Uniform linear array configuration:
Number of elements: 12
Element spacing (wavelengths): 1
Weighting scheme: kaiser
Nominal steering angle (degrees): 0
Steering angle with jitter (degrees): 1.005
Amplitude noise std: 0.05
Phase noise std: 0.05

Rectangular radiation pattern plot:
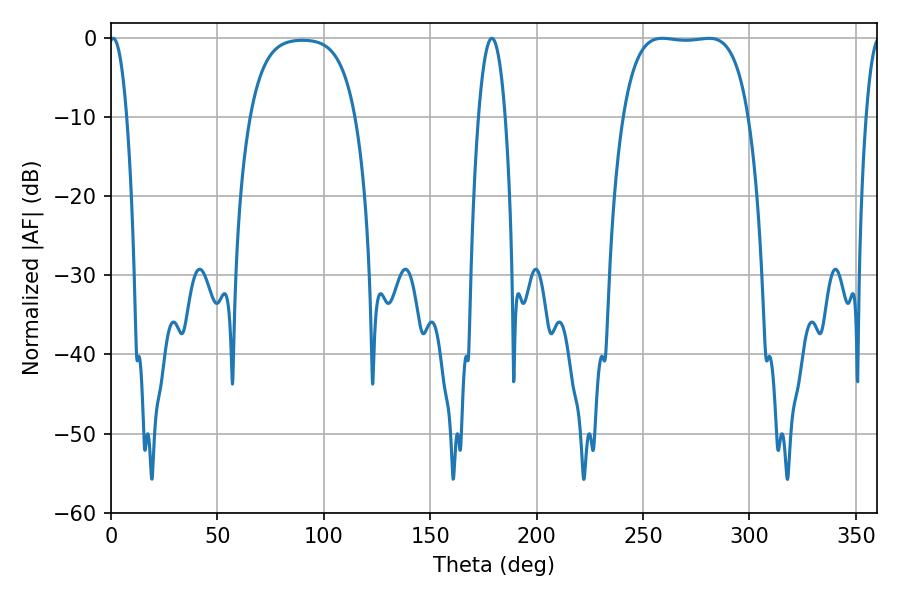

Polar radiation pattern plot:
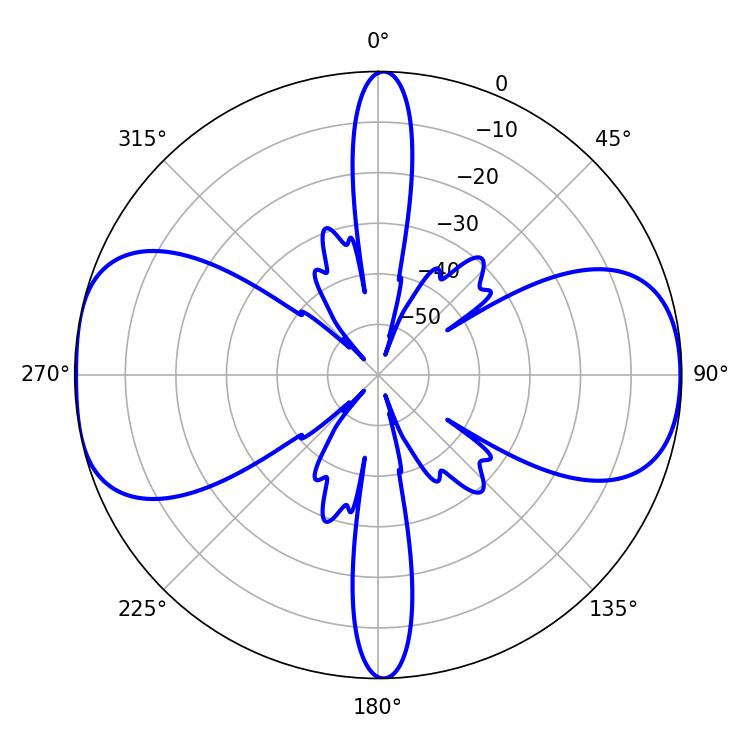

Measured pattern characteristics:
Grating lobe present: TRUE
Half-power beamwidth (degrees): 46.08
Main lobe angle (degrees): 259.02